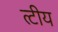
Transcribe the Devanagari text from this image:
त्टीय